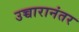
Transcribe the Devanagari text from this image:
उच्चारानंतर